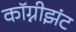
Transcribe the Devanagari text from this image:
कॉग्नीझंट